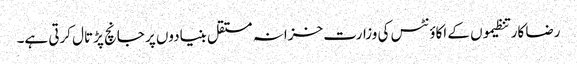
رضا کار تنظیموں کے اکاؤنٹس کی وزارت خزانہ مستقل بنیادوں پر جانچ پڑتال کرتی ہے۔